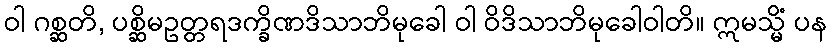
ဝါ ဂစ္ဆတိ, ပစ္ဆိမဥတ္တရဒက္ခိဏဒိသာဘိမုခေါ ဝါ ဝိဒိသာဘိမုခေါဝါတိ။ ဣမသ္မိံ ပန